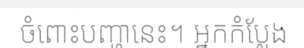
ចំពោះបញ្ហានេះ។ អ្នកកំប្លែង